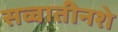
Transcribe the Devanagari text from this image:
सव्वातीनशे